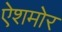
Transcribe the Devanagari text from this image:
ऐशमोर